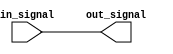
module io_buffer(
    input wire in_signal,
    output reg out_signal
);

always @(in_signal) begin
    out_signal <= in_signal;
end

endmodule